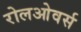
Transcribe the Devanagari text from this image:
रोलओवर्स